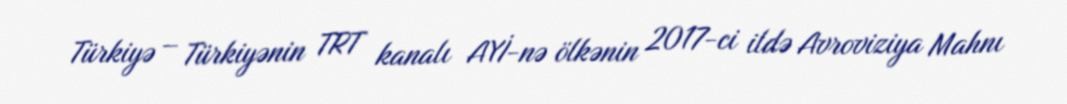
Türkiyə – Türkiyənin TRT kanalı AYİ-nə ölkənin 2017-ci ildə Avroviziya Mahnı